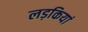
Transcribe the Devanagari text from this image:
लड़कियां